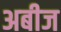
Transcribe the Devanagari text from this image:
अबीज